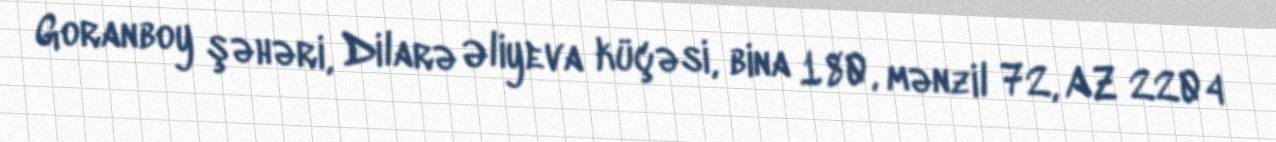
Goranboy şəhəri, Dilarə Əliyeva küçəsi, bina 180, mənzil 72, AZ 2204